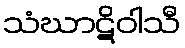
သံဃာဋိဝါသီ